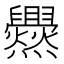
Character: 𱬰